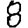
Digit: 8